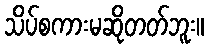
သိပ်စကားမဆိုတတ်ဘူး။